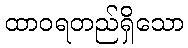
ထာဝရတည်ရှိသော